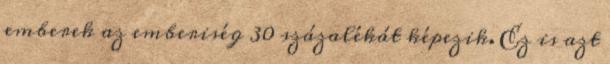
emberek az emberiség 30 százalékát képezik. Ez is azt